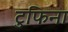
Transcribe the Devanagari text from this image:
टुफिना